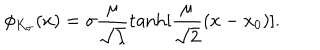
\phi _ { K _ { \sigma } } ( x ) = \sigma \frac { \mu } { \sqrt { \lambda } } \tanh [ \frac { \mu } { \sqrt { 2 } } ( x - x _ { 0 } ) ] .